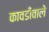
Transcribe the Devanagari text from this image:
कावडीवाले